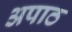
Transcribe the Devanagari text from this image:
अपाठ